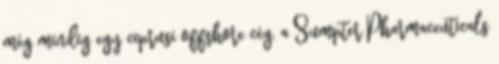
még mindig egy ciprusi offshore cég, a Sumpter Pharmaceuticals